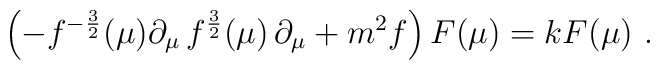
\left(-f^{-{3\over2}}(\mu)\partial_\mu \, f^{{3\over 2}}(\mu)\,\partial_\mu + m^2f \right)F(\mu)=k F(\mu)\ .